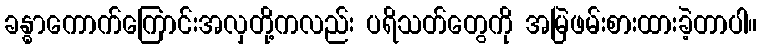
ခန္ဓာကောက်ကြောင်းအလှတို့ကလည်း ပရိသတ်တွေကို အမြဲဖမ်းစားထားခဲ့တာပါ။